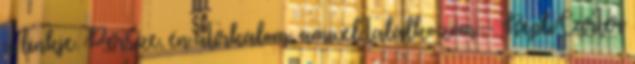
a linkje. Persze, én átirkálom, amivel találkozom. - RepliCarter